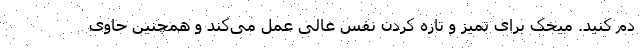
دم کنید. میخک برای تمیز و تازه کردن نفس عالی عمل می‌کند و همچنین حاوی